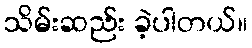
သိမ်းဆည်း ခဲ့ပါတယ်။